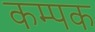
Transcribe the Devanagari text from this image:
कम्पक